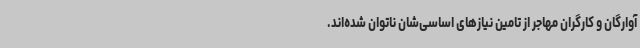
آوارگان و کارگران مهاجر از تامین نیازهای اساسی‌شان ناتوان شده‌اند.